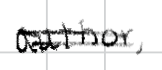
Text: author,
Cross-out: mix
Writing tool: digital_black